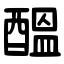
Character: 醞